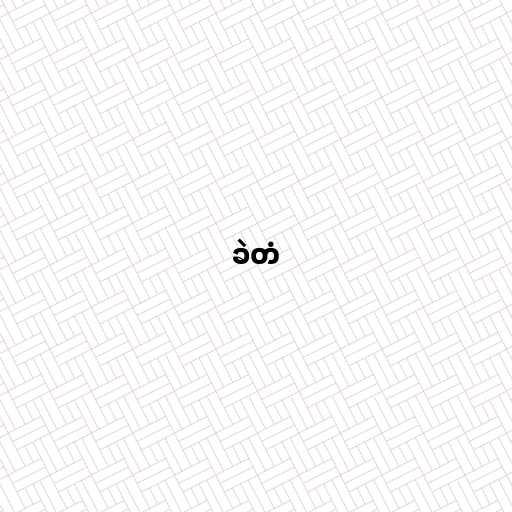
ခဲတံ